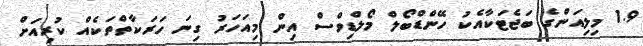
1.9 މިލިއަންގެ ބަޖެޓަކާއެކު ހޭންޑްބޯލް މޯލްޑިވްސް އިން މިއަހަރު ގިނަ ހަރަކާތްތަކެއް ކުރިއަށް